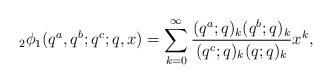
LaTeX: \begin{align*}\;_{2}\phi_{1}(q^{a},q^{b};q^{c};q,x)=\sum_{k=0}^{\infty}\frac{(q^{a};q)_{k}(q^{b};q)_{k}}{(q^{c};q)_{k}(q;q)_{k}}x^{k},\end{align*}